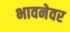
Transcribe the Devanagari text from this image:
भावनेवर